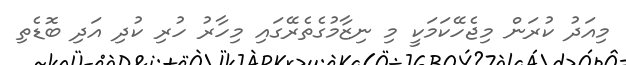
މިއަދު ކުރަން މިޖެހޭކަމަކީ މި ނިޒާމުގެތެރޭގައި މިހާރު ހުރި ކުދި އަދި ބޮޑެތި